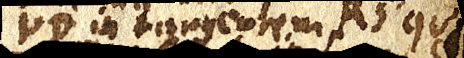
VD in tangentem RS qui